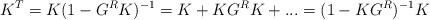
LaTeX: \begin{align*}K^T=K(1-G^RK)^{-1}=K+KG^RK+...=(1-KG^R)^{-1}K \end{align*}